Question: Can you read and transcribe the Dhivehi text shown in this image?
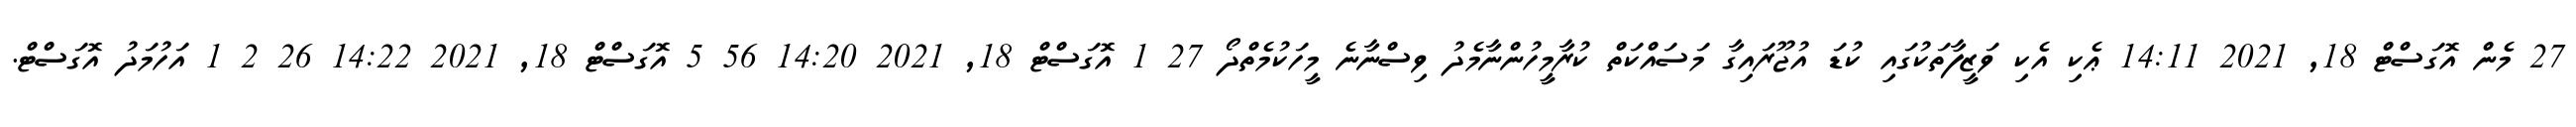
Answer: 27 މެން އޮގަސްޓް 18, 2021 14:11 ޢެކި އެކި ވަޒީފާތަކުގައި ކުޑަ އުޖޫރައިގާ މަސައްކަތް ކުރާމީހުންނާމެދު ވިސްނާނެ މީހަކުމެތްދޯ 27 1 އޮގަސްޓް 18, 2021 14:20 56 5 އޮގަސްޓް 18, 2021 14:22 26 2 1 އަހުމަދު އޮގަސްޓް.